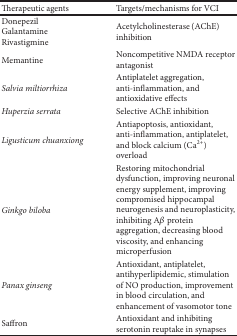
| Therapeutic agents | Targets/mechanisms for VCI |
 | --- | --- |
 | DonepezilGalantamineRivastigmine | Acetylcholinesterase (AChE) inhibition |
 | Memantine | Noncompetitive NMDA receptor antagonist |
 | Salvia miltiorrhiza | Antiplatelet aggregation, anti-inflammation, and antioxidative effects |
 | Huperzia serrata | Selective AChE inhibition |
 | Ligusticum chuanxiong | Antiapoptosis, antioxidant, anti-inflammation, antiplatelet, and block calcium (Ca2+) overload |
 | Ginkgo biloba | Restoring mitochondrial dysfunction, improving neuronal energy supplement, improving compromised hippocampal neurogenesis and neuroplasticity, inhibiting Aβ protein aggregation, decreasing blood viscosity, and enhancing microperfusion |
 | Panax ginseng | Antioxidant, antiplatelet, antihyperlipidemic, stimulation of NO production, improvement in blood circulation, and enhancement of vasomotor tone |
 | Saffron | Antioxidant and inhibiting serotonin reuptake in synapses |